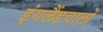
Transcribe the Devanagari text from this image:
इंगलैंडवालों